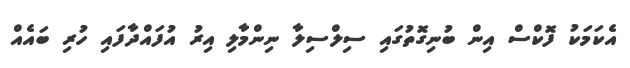
އެކަމަކު ފޮކްސް އިން ބުނިގޮތުގައި ސިލްސިލާ ނިންމާލި އިރު އުފައްދާފައި ހުރި ބައެއް